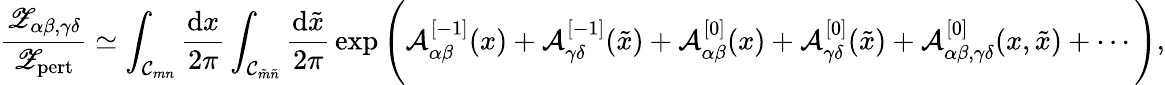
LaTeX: \frac{{\mathscr Z}_{\alpha\beta,\gamma\delta}}{{\mathscr Z}_{\mathrm{pert}}}\simeq\int_{{\mathcal C}_{mn}}\frac{\mathrm{d}x}{2\pi}\int_{{\mathcal C}_{\tilde{m}\tilde{n}}}\frac{\mathrm{d}\tilde{x}}{2\pi}\, \exp\Bigg({\mathcal A}_{\alpha\beta}^{[-1]}(x)+{\mathcal A}_{\gamma\delta}^{[-1]}(\tilde{x})+{\mathcal A}_{\alpha\beta}^{[0]}(x)+{\mathcal A}_{\gamma\delta}^{[0]}(\tilde{x})+{\mathcal A}_{\alpha\beta,\gamma\delta}^{[0]}(x,\tilde{x})+\cdots\Bigg),